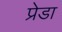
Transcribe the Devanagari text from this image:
प्रेडा